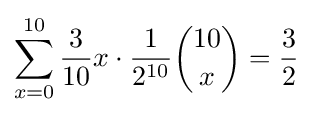
\sum _{x=0}^{10}{\frac {3}{10}}x\cdot {\frac {1}{2^{10}}}{\binom {10}{x}}={\frac {3}{2}}